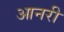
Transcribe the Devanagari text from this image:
आनरी